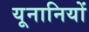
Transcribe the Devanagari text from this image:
यूनानियों